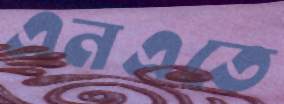
এনএতে